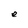
Character: e